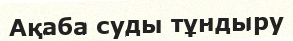
Ақаба суды тұндыру